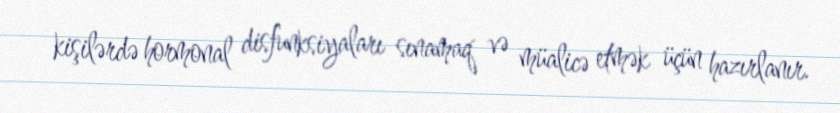
kişilərdə hormonal disfunksiyaları sınamaq və müalicə etmək üçün hazırlanır.